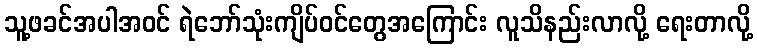
သူ့ဖခင်အပါအဝင် ရဲဘော်သုံးကျိပ်ဝင်တွေအကြောင်း လူသိနည်းလာလို့ ရေးတာလို့